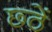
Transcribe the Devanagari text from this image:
छ्ठें